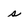
Character: s